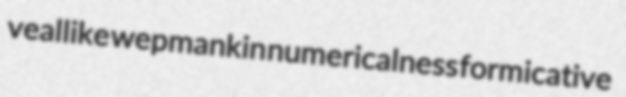
veallike wepmankin numericalness formicative